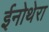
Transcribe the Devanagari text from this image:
ईनोथेरा